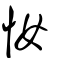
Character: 𢖵